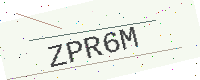
Text: ZPR6M